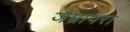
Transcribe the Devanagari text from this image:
जैम्नापरा